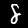
Digit: 8